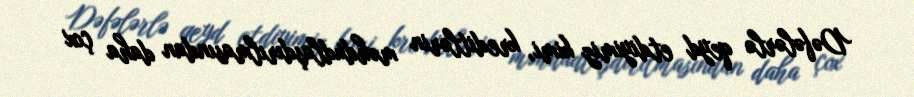
Dəfələrlə qeyd etdiyimiz kimi, kreditlərin məhdudlaşdırılmasından daha çox